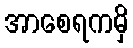
အာစေရကမှိ